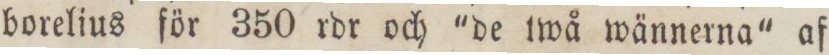
borelius för 350 rdr och 'de twå wännerna' af